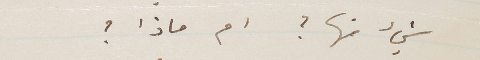
شيء منها ؟ ام ماذا ؟